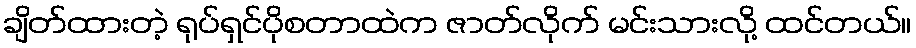
ချိတ်ထားတဲ့ ရုပ်ရှင်ပိုစတာထဲက ဇာတ်လိုက် မင်းသားလို့ ထင်တယ်။